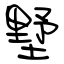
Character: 墅